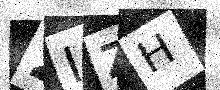
Text: 2IZH